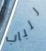
للباب